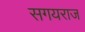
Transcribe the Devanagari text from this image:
सगयराज